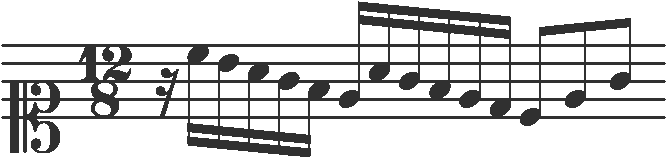
Transcription: clef-C1 timeSignature-12/8 rest-sixteenth note-C5_sixteenth note-B4_sixteenth note-A4_sixteenth note-G4_sixteenth note-F4_sixteenth note-E4_sixteenth note-A4_sixteenth note-G4_sixteenth note-F4_sixteenth note-E4_sixteenth note-D4_sixteenth note-C4_eighth note-E4_eighth note-G4_eighth